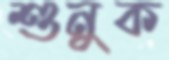
শুনুক